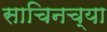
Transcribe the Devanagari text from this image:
साचिनच्या